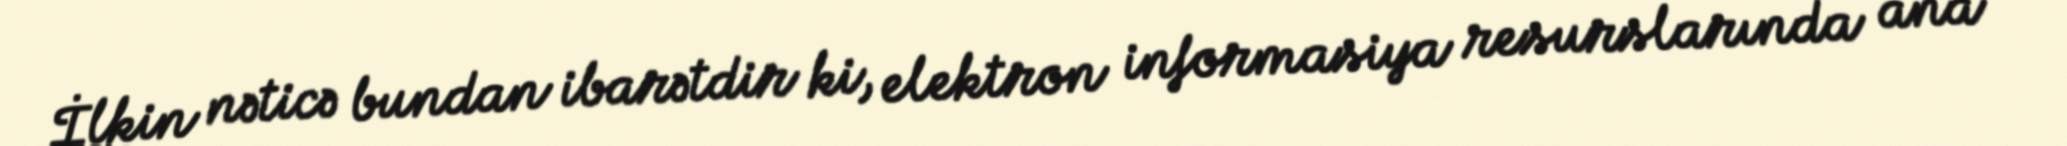
İlkin nəticə bundan ibarətdir ki, elektron informasiya resurslarında ana